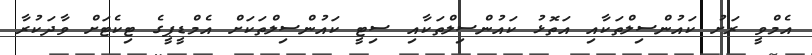
އެމްވީ ރަށު ކައުންސިލްތަކާއި އަތޮޅު ކައުންސިލްތަކާއި ސިޓީ ކައުންސިލްތަކަށް އެމްޑީޕީގެ ޓިކެޓަށް ވާދަކުރާ